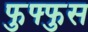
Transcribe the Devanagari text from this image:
फुफ्‍फुस